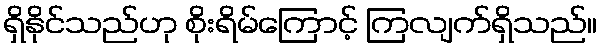
ရှိနိုင်သည်ဟု စိုးရိမ်ကြောင့် ကြလျက်ရှိသည်။